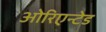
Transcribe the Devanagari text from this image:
ओरिएन्टेड